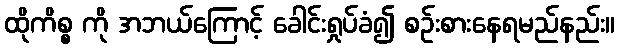
ထိုကိစ္စ ကို အဘယ်ကြောင့် ခေါင်းရှုပ်ခံ၍ စဉ်းစားနေရမည်နည်း။